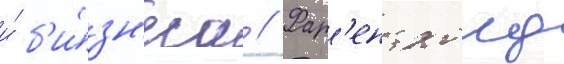
и́ б'и́зн'еса // Фар'ентхолд